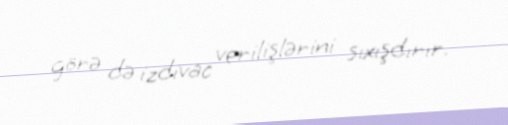
görə də izdivac verilişlərini sıxışdırır.